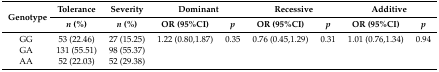
| <ROWSPAN=2> Genotype | Tolerance | Severity | <COLSPAN=2> Dominant | <COLSPAN=2> Recessive | <COLSPAN=2> Additive |
 | n (%) | n (%) | OR (95%CI) | p | OR (95%CI) | p | OR (95%CI) | p |
 | --- | --- | --- | --- | --- | --- | --- | --- | --- |
 | GG | 53 (22.46) | 27 (15.25) | 1.22 (0.80,1.87) | 0.35 | 0.76 (0.45,1.29) | 0.31 | 1.01 (0.76,1.34) | 0.94 |
 | GA | 131 (55.51) | 98 (55.37) |  |  |  |  |  |  |
 | AA | 52 (22.03) | 52 (29.38) |  |  |  |  |  |  |